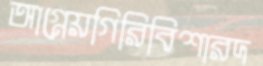
আগ্নেয়গিরিবিশারদ